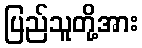
ပြည်သူတို့အား